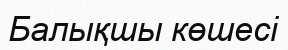
Балықшы көшесі